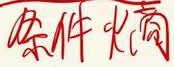
条件熵